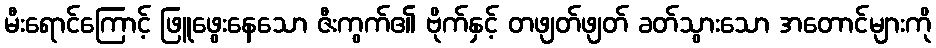
မီးရောင်ကြောင့် ဖြူဖွေးနေသော ဇီးကွက်၏ ဗိုက်နှင့် တဖျတ်ဖျတ် ခတ်သွားသော အတောင်များကို